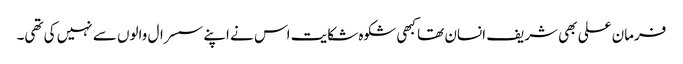
فرمان علی بھی شریف انسان تھا کبھی شکوہ شکایت اس نے اپنے سسرال والوں سے نہیں کی تھی۔